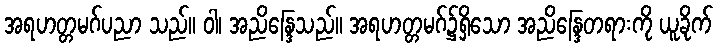
အရဟတ္တမဂ်ပညာ သည်။ ဝါ၊ အညိန္ဒြေသည်။ အရဟတ္တမဂ်၌ရှိသော အညိန္ဒြေတရားကို ယူခိုက်